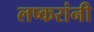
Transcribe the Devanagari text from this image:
लष्करांनी